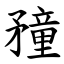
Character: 䂌